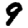
Digit: 9